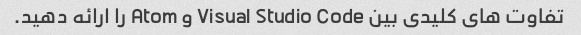
تفاوت های کلیدی بین Visual Studio Code و Atom را ارائه دهید.